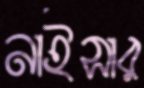
নাইসার